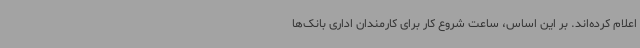
اعلام کرده‌اند. بر این اساس، ساعت شروع کار برای کارمندان اداری بانک‌ها